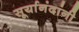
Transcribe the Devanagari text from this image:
सूर्यानंदांनी